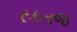
રકતજ